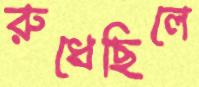
রুধেছিলে